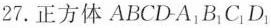
27.正方体ABCD-A_{1}B_{1}C_{1}D_{1}